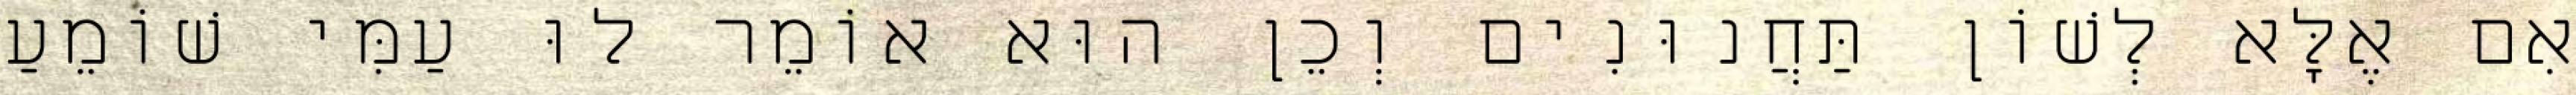
אִם אֶלָּא לְשׁוֹן תַּחֲנוּנִים וְכֵן הוּא אוֹמֵר לוּ עַמִּי שׁוֹמֵעַ